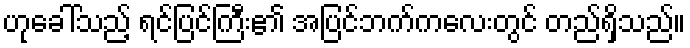
ဟုခေါ်သည့် ရင်ပြင်ကြီး၏ အပြင်ဘက်ကလေးတွင် တည်ရှိသည်။